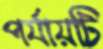
পর্যায়টি